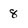
Character: 8